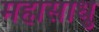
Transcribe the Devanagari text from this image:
महासाधु